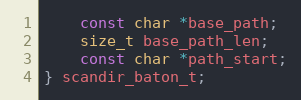
Language: C
    const char *base_path;
    size_t base_path_len;
    const char *path_start;
} scandir_baton_t;